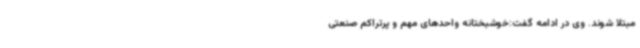
مبتلا شوند. وی در ادامه گفت:خوشبختانه واحدهای مهم و پرتراکم صنعتی